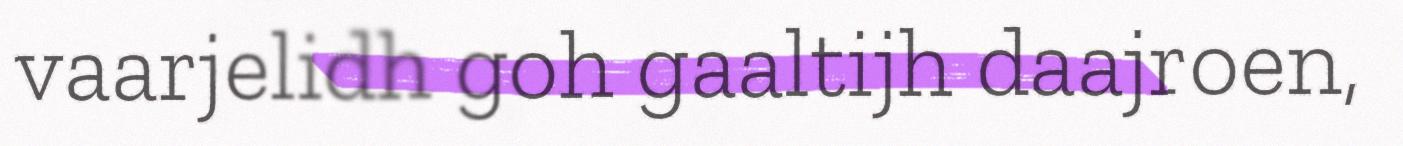
vaarjelidh goh gaaltijh daajroen,